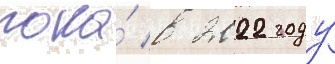
пока́ в 2022 году